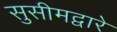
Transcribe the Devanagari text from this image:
सुसीमद्वारे